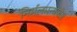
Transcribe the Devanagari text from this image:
निर्मलमन्ययोश्च